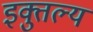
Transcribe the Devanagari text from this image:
इक्तुल्य